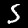
Label: 5